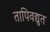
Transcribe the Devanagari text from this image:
तापिवद्युत